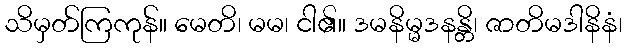
သိမှတ်ကြကုန်။ မေတိ၊ မမ၊ ငါ၏။ ဒမနိမ္မဒနန္တိ၊ ဇာတိမဒါနိနံ၊